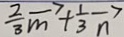
\frac { 2 } { 3 } \overrightarrow { m } + \frac { 1 } { 3 } \overrightarrow { n }